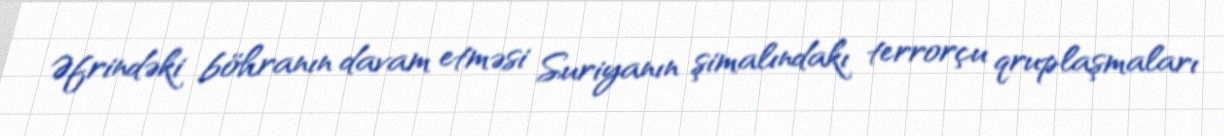
Əfrindəki böhranın davam etməsi Suriyanın şimalındakı terrorçu qruplaşmaları